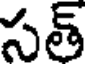
సత్